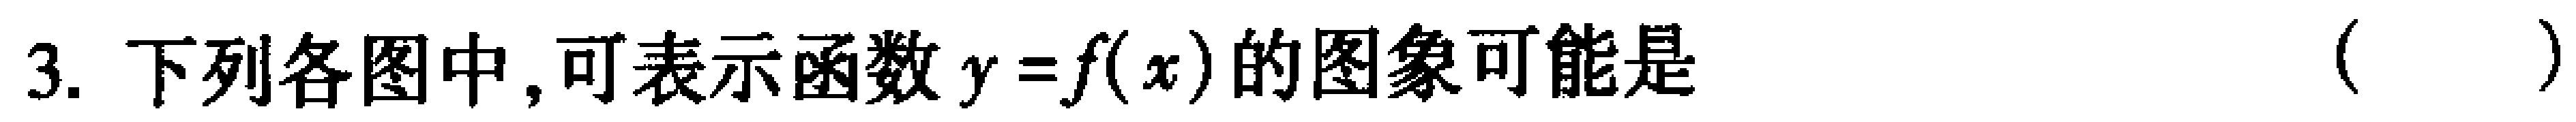
3. 下列各图中,可表示函数$y = f(x)$的图象可能是 （  ）